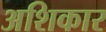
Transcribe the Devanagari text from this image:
अशिकार